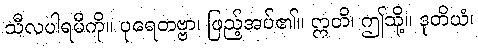
သီလပါရမီကို။ ပုရေတဗ္ဗာ၊ ဖြည့်အပ်၏။ ဣတိ၊ ဤသို့။ ဒုတိယံ၊